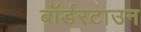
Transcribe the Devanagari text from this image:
बॉर्डरटाउन